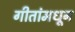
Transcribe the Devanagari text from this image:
गीतांमधून